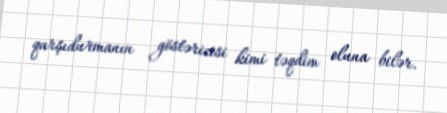
qarşıdurmanın göstəricisi kimi təqdim oluna bilər.